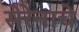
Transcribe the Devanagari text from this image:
सेरेनाचे